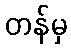
တန်မှ